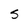
Character: S